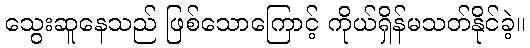
သွေးဆူနေသည် ဖြစ်သောကြောင့် ကိုယ်ရှိန်မသတ်နိုင်ခဲ့။